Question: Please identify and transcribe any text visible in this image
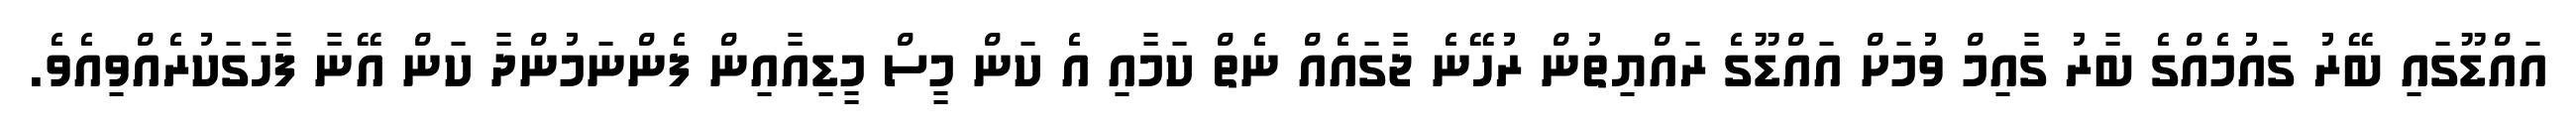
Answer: އައްޑޫގައި ބޭރު ގައުމެއްގެ ބާރު ގާއިމް ވުމަށް އައްޑޫގެ ރައްޔިތުން ރުހޭނެ ޖާގައެއް ނެތް ކަމާއި އެ ކަން މީސް މީޑިއާއިން ފެންނަމުންދާ ކަން އޭނާ ފާހަގަކުރެއްވިއެވެ.